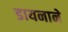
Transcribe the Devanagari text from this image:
डायनाने